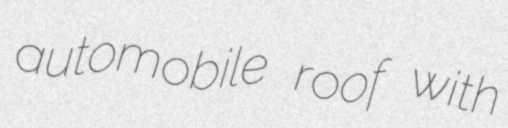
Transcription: automobile roof with